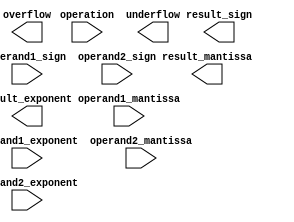
module FloatingPointUnit (
    input wire [31:0] operand1_mantissa,
    input wire [7:0] operand1_exponent,
    input wire [1:0] operand1_sign,
    input wire [31:0] operand2_mantissa,
    input wire [7:0] operand2_exponent,
    input wire [1:0] operand2_sign,
    input wire [2:0] operation,
    output reg [31:0] result_mantissa,
    output reg [7:0] result_exponent,
    output reg [1:0] result_sign,
    output reg overflow,
    output reg underflow
);

always @(*) begin
    case(operation)
        3'b000: begin // Addition
            // Perform addition operation
        end
        
        3'b001: begin // Subtraction
            // Perform subtraction operation
        end
        
        3'b010: begin // Multiplication
            // Perform multiplication operation
        end
        
        3'b011: begin // Division
            // Perform division operation
        end
    endcase
end

// Rounding and normalization mechanism

// Overflow and underflow detection logic

endmodule